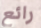
رائع